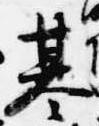
基